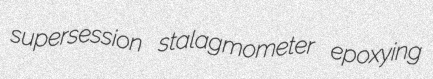
supersession stalagmometer epoxying